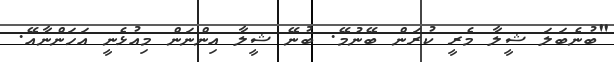
"ބުނެބަލަ ޝީލާ މެރީ ކުރަން ބޭނުމޭ. ބުނޭ ޝީލާ އިންނަން މިއުޅެނީ އަހަންނާއޭ.